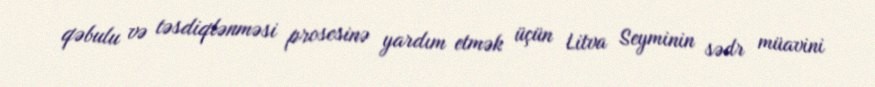
qəbulu və təsdiqlənməsi prosesinə yardım etmək üçün Litva Seyminin sədr müavini